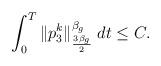
LaTeX: \begin{align*}\int_0^T\|p_3^k\|_{\frac{3\beta_{g}}{2}}^{\beta_{g}}\; dt &\le C.\end{align*}